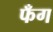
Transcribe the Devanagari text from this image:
फँग